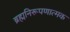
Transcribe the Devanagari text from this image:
ब्रह्मनिरूपणात्मक